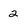
Character: 2